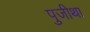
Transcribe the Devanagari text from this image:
पुजीथा